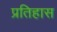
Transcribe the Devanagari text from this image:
प्रतिहास